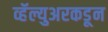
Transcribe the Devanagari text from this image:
व्हॅल्युअरकडून